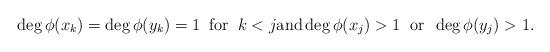
LaTeX: \begin{align*}\deg \phi(x_k) = \deg \phi(y_k) =1 \; \; \mbox{for} \; \; k<j \mbox{and} \deg \phi(x_j) >1 \; \; \mbox{or} \; \; \deg \phi(y_j) >1.\end{align*}